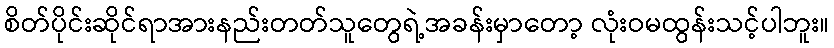
စိတ်ပိုင်းဆိုင်ရာအားနည်းတတ်သူတွေရဲ့အခန်းမှာတော့ လုံးဝမထွန်းသင့်ပါဘူး။